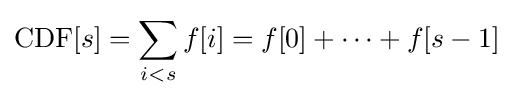
\operatorname {CDF} [s]=\sum _{i<s}f[i]=f[0]+\cdots +f[s-1]